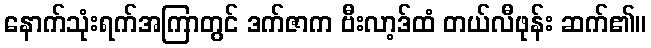
နောက်သုံးရက်အကြာတွင် ဒက်ဇာက ဗီးလာ့ဒ်ထံ တယ်လီဖုန်း ဆက်၏။